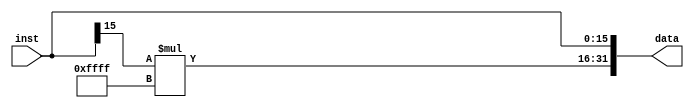
`timescale 1ns / 1ps
//////////////////////////////////////////////////////////////////////////////////
// Company: 
// Engineer: 
// 
// Design Name: 
// Module Name: signext
// Project Name: 
// Target Devices: 
// Tool Versions: 
// Description: 
// 
// Dependencies: 
// 
// Revision:
// Revision 0.01 - File Created
// Additional Comments:
// 
//////////////////////////////////////////////////////////////////////////////////


module signext(
    input [15:0] inst,
    output [31:0] data
    );
    assign data={inst[15]*16'b1111111111111111,inst};
endmodule